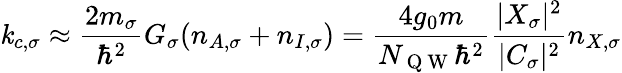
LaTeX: \mathit{k}_{c,\sigma}\approx\frac{{2m_{\sigma}}}{{\hbar^{2}}}G_{\sigma}(n_{A,\sigma}+n_{I,\sigma})=\frac{{4g_{0}m}}{{N_{\mathrm{{~Q~W~}}}\hbar^{2}}}\frac{{|X_{\sigma}|^{2}}}{{|C_{\sigma}|^{2}}}n_{X,\sigma}